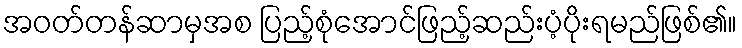
အဝတ်တန်ဆာမှအစ ပြည့်စုံအောင်ဖြည့်ဆည်းပံ့ပိုးရမည်ဖြစ်၏။